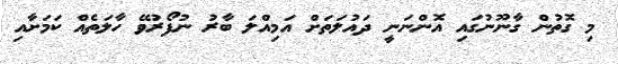
މި ގޮތުން ގާނޫނުގައި އޮންނަނީ ދައުލަތަށް އަމިއްލަ ބާރު ނުފޯރުވޭ ހާލަތެއް ކަމަށާއި